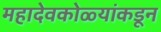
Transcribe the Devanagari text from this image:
महादेवकोळ्यांकडून